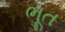
ભૂત